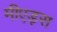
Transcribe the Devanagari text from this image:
मीएड्स